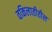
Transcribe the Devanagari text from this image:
वकिलातीतील